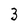
Character: 3